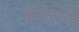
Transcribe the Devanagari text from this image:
हेलिपोर्ट्स